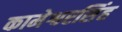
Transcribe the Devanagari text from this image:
कामेश्वरसिंह